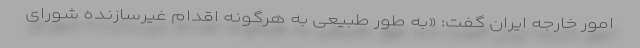
امور خارجه ایران گفت: «به طور طبیعی به هرگونه اقدام غیرسازنده شورای